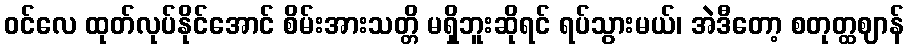
ဝင်လေ ထုတ်လုပ်နိုင်အောင် စိမ်းအားသတ္တိ မရှိဘူးဆိုရင် ရပ်သွားမယ်၊ အဲဒီတော့ စတုတ္ထဈာန်